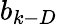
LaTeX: b_{k-D}